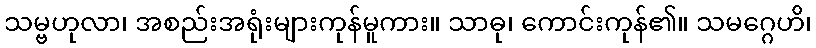
သမ္ဗဟုလာ၊ အစည်းအရုံးများကုန်မူကား။ သာဓု၊ ကောင်းကုန်၏။ သမဂ္ဂေဟိ၊